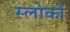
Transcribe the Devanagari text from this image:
स्लोकों